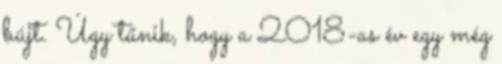
bújt. Úgy tűnik, hogy a 2018-as év egy még